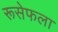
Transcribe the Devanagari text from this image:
रूसेफला